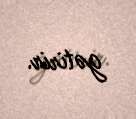
gətirir.